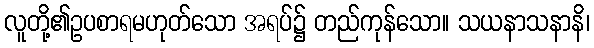
လူတို့၏ဥပစာရမဟုတ်သော အရပ်၌ တည်ကုန်သော။ သယနာသနာနိ၊